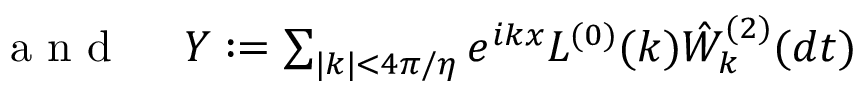
\begin{array} { r l } { \mathrm { ~ a ~ n ~ d ~ } \; } & { { } Y : = \sum _ { | k | < 4 \pi / \eta } e ^ { i k x } L ^ { ( 0 ) } ( k ) \hat { W } _ { k } ^ { ( 2 ) } ( d t ) } \end{array}